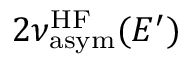
2 \nu _ { \mathrm { a s y m } } ^ { \mathrm { H F } } ( E ^ { \prime } )